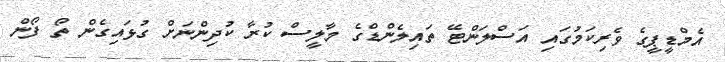
އެމްޑީޕީގެ ވެރިކަމުގައި އަސްލަންޓޭ ތައިލެންޑްގެ މާލީސް ކުރާ ކުދިންނަށް ގުޅައިގެން ތޯ ފޯން